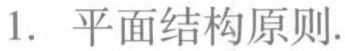
1. 平面结构原则.